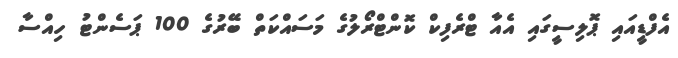
އެފްޑީއައި ޕޮލިސީގައި އެއާ ޓްރެފިކް ކޮންޓްރޯލުގެ މަސައްކަތް ބޭރުގެ 100 ޕަސެންޓު ހިއްސާ